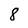
Character: 8